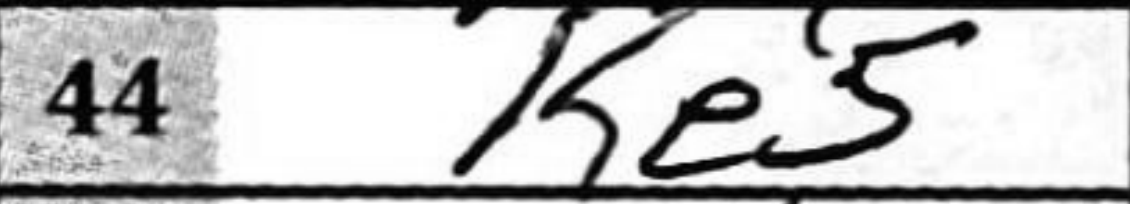
Transcription: Ke5